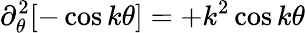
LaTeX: \partial_{\theta}^{2}[-\cos k\theta]=+k^{2}\cos k\theta